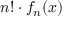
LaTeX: n ! \cdot f _ { n } ( x )